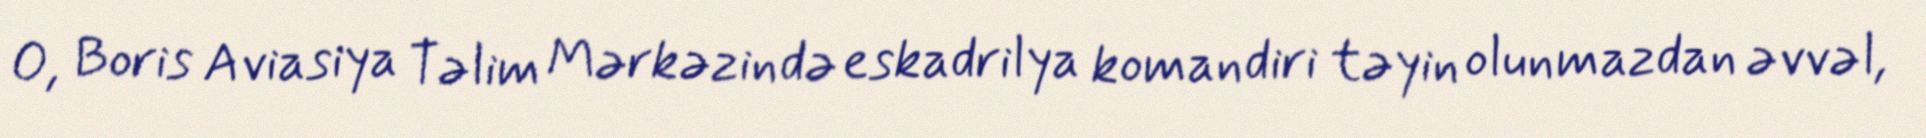
O, Boris Aviasiya Təlim Mərkəzində eskadrilya komandiri təyin olunmazdan əvvəl,